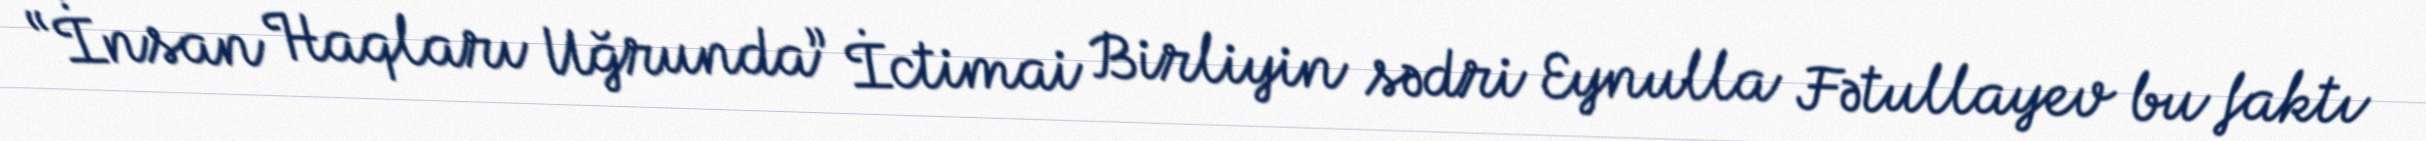
“İnsan Haqları Uğrunda” İctimai Birliyin sədri Eynulla Fətullayev bu faktı